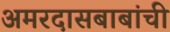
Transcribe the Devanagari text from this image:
अमरदासबाबांची